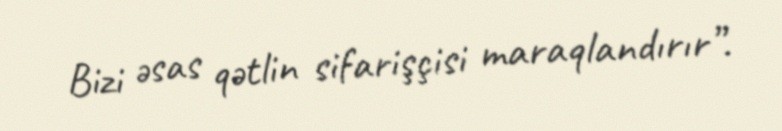
Bizi əsas qətlin sifarişçisi maraqlandırır”.